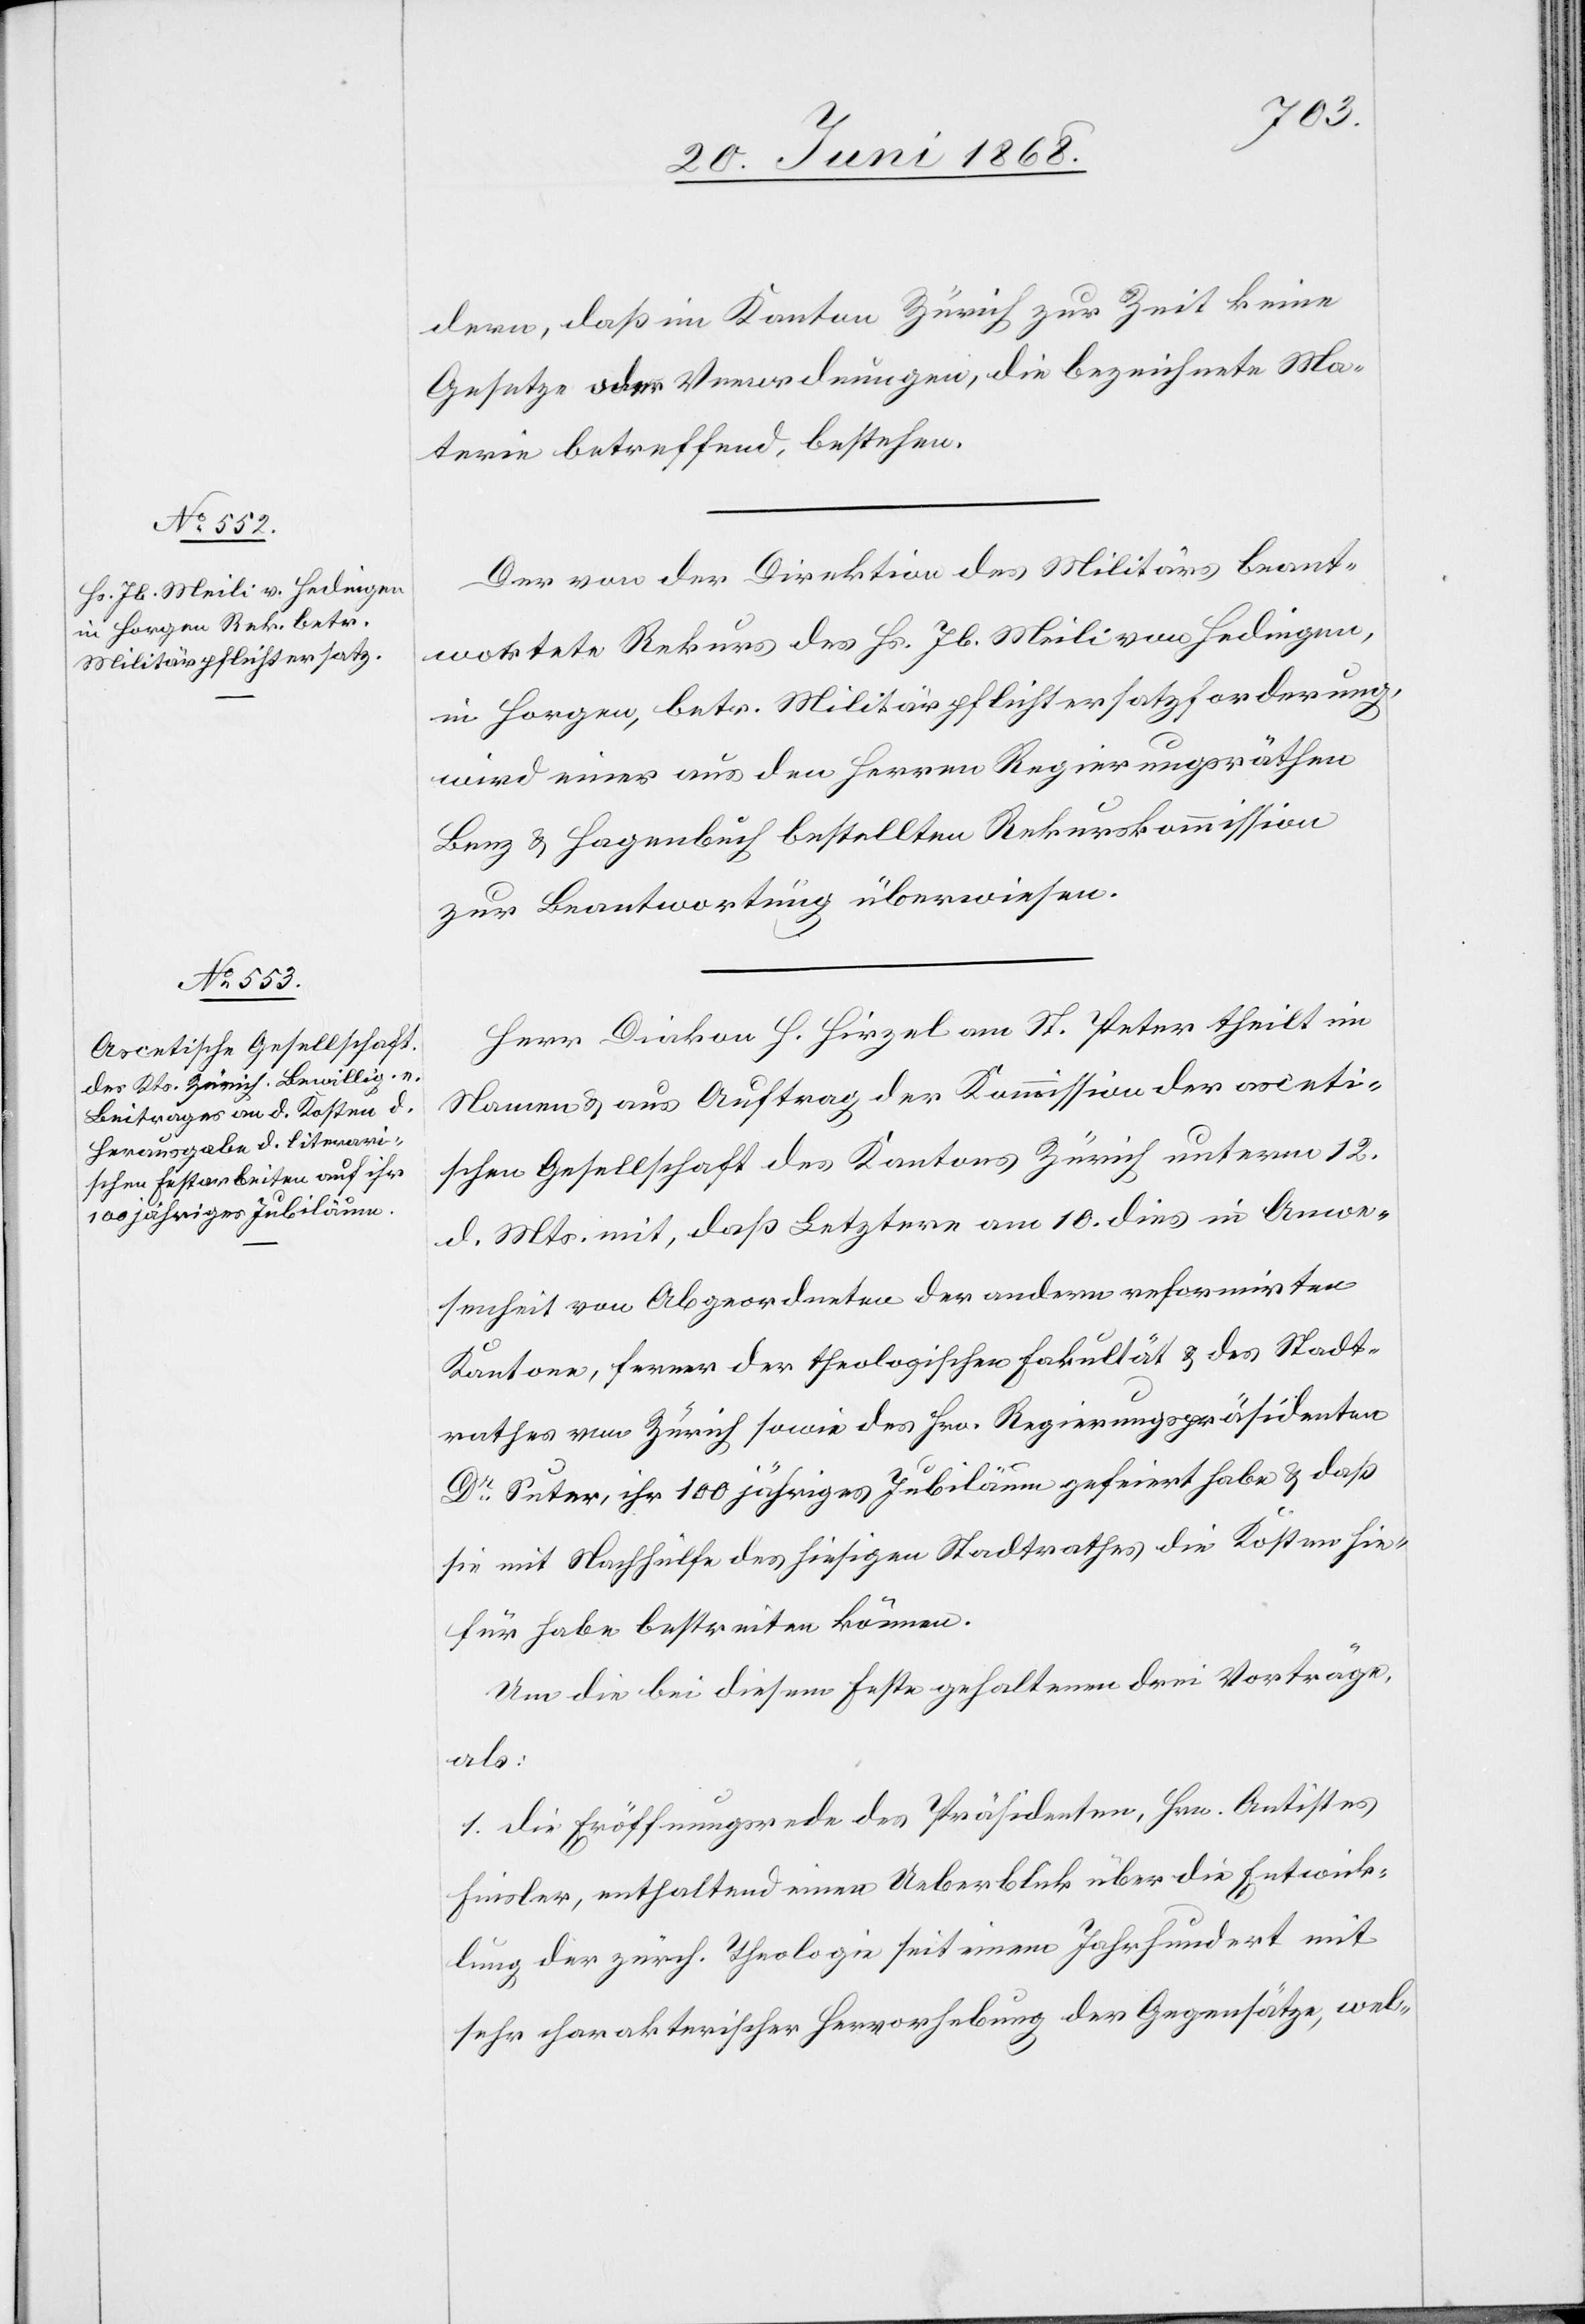
dern, daß im Kanton Zürich zur Zeit keine
Gesetze oder Verordnungen, die bezeichnete Ma¬
terie betreffend, bestehen.
Der von der Direktion des Militärs beant¬
wortete Rekurs des Hs. Jb. Meili von Hedingen,
in Horgen, betr. Militärpflichtersatzforderung,
wird einer aus den Herren Regierungsräthen
Benz & Hagenbuch bestellten Rekurskommission
zur Beantwortung überwiesen.
Herr Diakon H. Hirzel am St. Peter theilt im
Namen & aus Auftrag der Kommission der asceti¬
schen Gesellschaft des Kantons Zürich unterm 12.
d. Mts. mit, daß Letztere am 10. dies in Anwe¬
senheit von Abgeordneten der andern reformirten
Kantone, ferner der theologischen Fakultät & des Stadt¬
rathes von Zürich sowie des Hrn. Regierungspräsidenten
Dr Suter, ihr 100 jähriges Jubiläum gefeiert habe & daß
sie mit Nachhülfe des hiesigen Stadtrathes die Kosten hie¬
für habe bestreiten können.
Um die bei diesem Feste gehaltenen drei Vorträge,
als:
1. die Eröffnungsrede des Präsidenten, Hrn. Antistes
Finsler, enthaltend einen Ueberblick über die Entwick¬
lung der zürch. Theologie seit einem Jahrhundert mit
sehr charakterischer Hervorhebung der Gegensätze, wel-